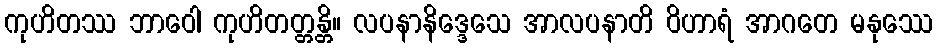
ကုဟိတဿ ဘာဝေါ ကုဟိတတ္တန္တိ။ လပနာနိဒ္ဒေသေ အာလပနာတိ ဝိဟာရံ အာဂတေ မနုဿေ